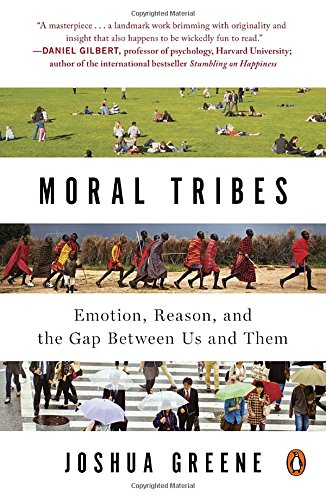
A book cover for Moral Tribes: Emotion, Reason, and the Gap Between Us and Them; Joshua Greene; Medical Books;